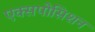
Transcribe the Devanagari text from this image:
एक्सपोसिशन